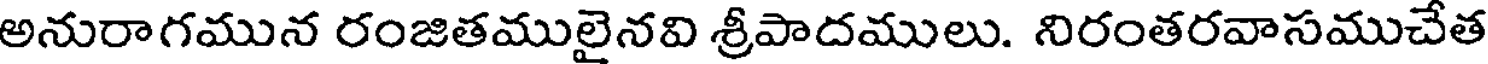
అనురాగమున రంజితములైనవి శ్రీపాదములు. నిరంతరవాసముచేత